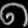
Digit: ၈